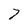
Character: 7